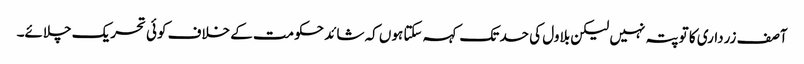
آصف زرداری کا تو پتہ نہیں لیکن بلاول کی حد تک کہہ سکتا ہوں کہ شائد حکومت کے خلاف کوئی تحریک چلائے۔